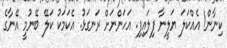
ކިނާން! އެއްކަލަ ޔަލީނާ ފިލައިފި. އަހަންނަށް ރަނގަޅު. އެކަމަކު ކަލޭ ބޭނުމީ އޭނާގެ